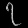
Digit: ၇